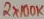
Text: 2X100K